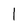
Character: l